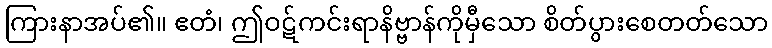
ကြားနာအပ်၏။ ဧတံ၊ ဤဝဋ်ကင်းရာနိဗ္ဗာန်ကိုမှီသော စိတ်ပွားစေတတ်သော